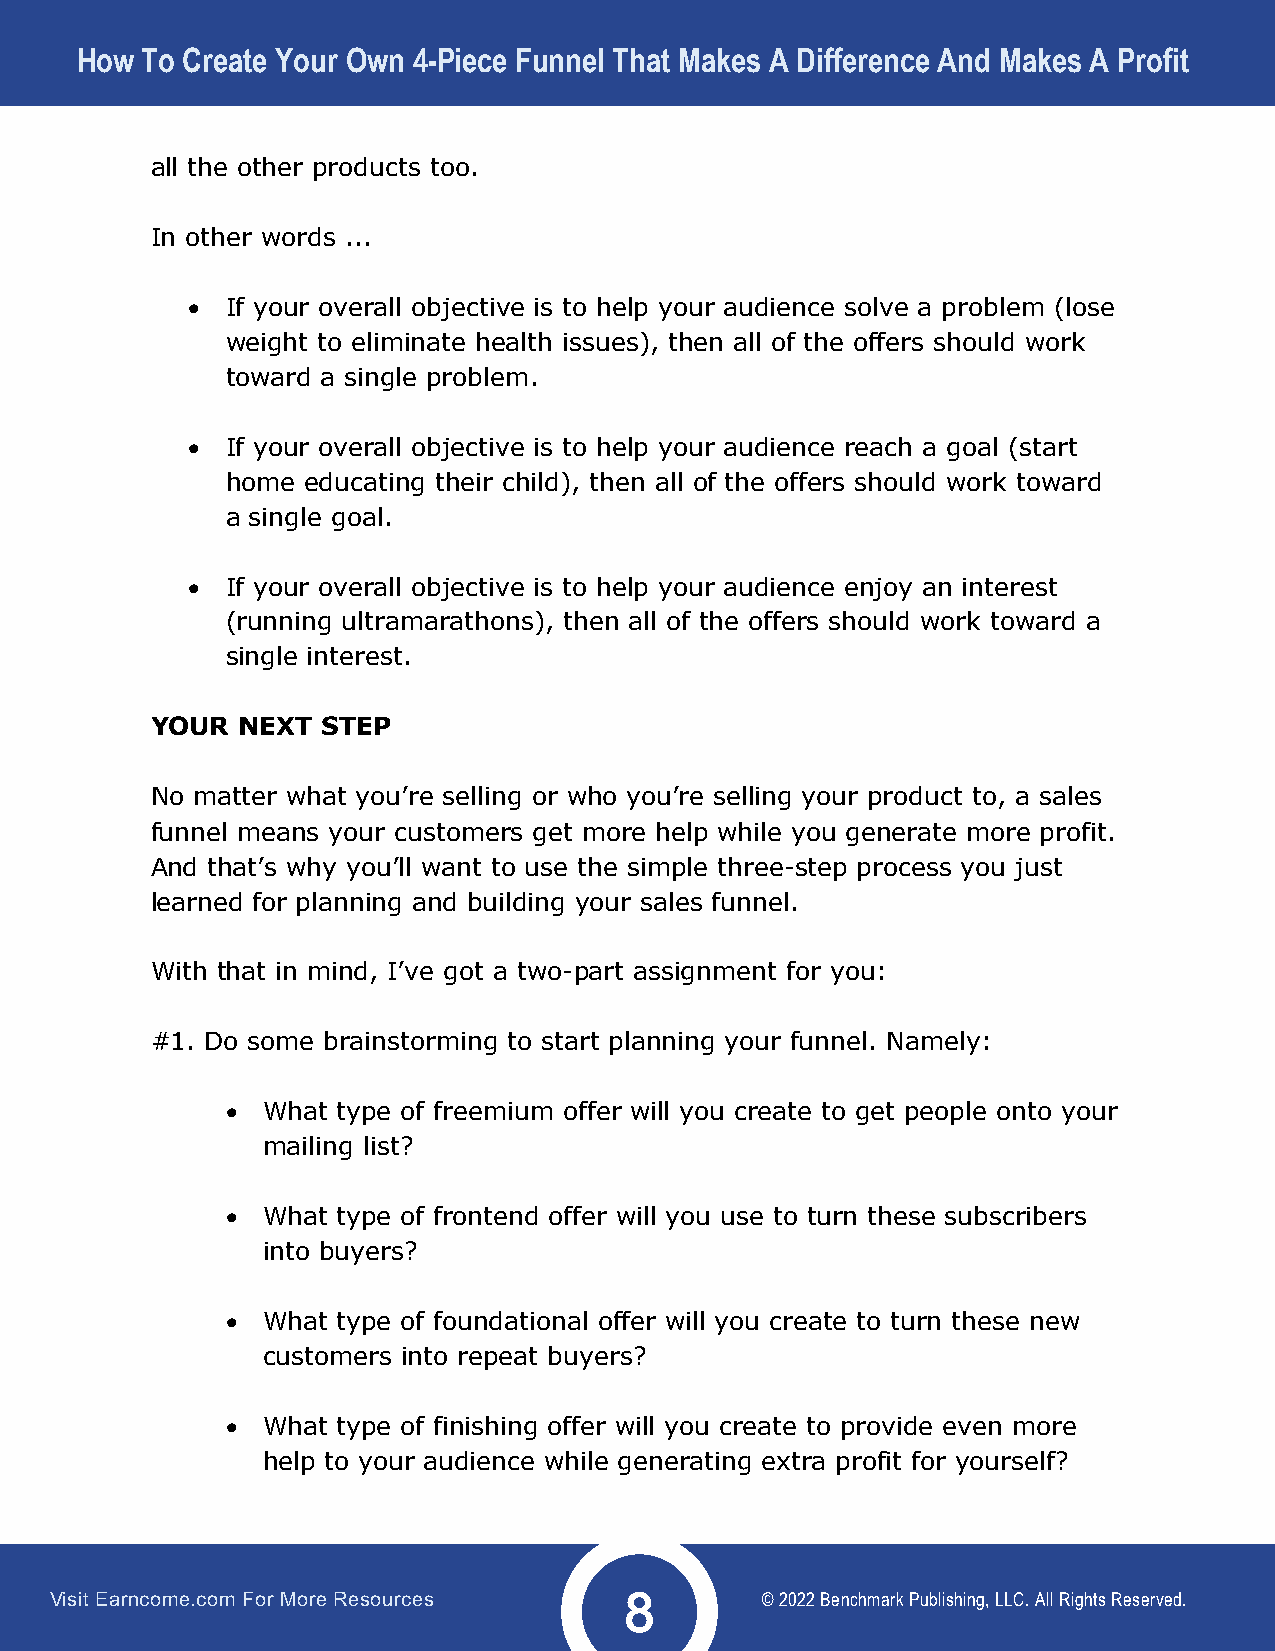
How To Create Your Own 4-Piece Funnel That Makes A Difference And Makes A Profit
 all the other products too.
 In other words ...
 •  If your overall objective is to help your audience solve a problem (lose
 weight to eliminate health issues), then all of the offers should work
 toward a single problem.
 •  If your overall objective is to help your audience reach a goal (start
 home educating their child), then all of the offers should work toward
 a single goal.
 •  If your overall objective is to help your audience enjoy an interest
 (running ultramarathons), then all of the offers should work toward a
 single interest.
 YOUR  NEXT STEP
 No matter what you’re selling or who you’re selling your product to, a sales
 funnel means your customers get more help while you generate more profit.
 And that’s why you’ll want to use the simple three-step process you just
 learned for planning and building your sales funnel.
 With that in mind, I’ve got a two-part assignment for you:
 #1. Do some brainstorming to start planning your funnel. Namely:
 • What type of freemium offer will you create to get people onto your
 mailing list?
 • What type of frontend offer will you use to turn these subscribers
 into buyers?
 • What type of foundational offer will you create to turn these new
 customers into repeat buyers?
 • What type of finishing offer will you create to provide even more
 help to your audience while generating extra profit for yourself?
 Visit Earncome.com For More Resources          © 2022 Benchmark Publishing, LLC. All Rights Reserved.